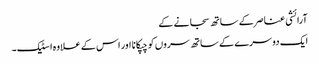
آرائشی عناصر کے ساتھ سجانے کے
ایک دوسرے کے ساتھ سروں کو چپکانا اور اس کے علاوہ اسٹیک۔